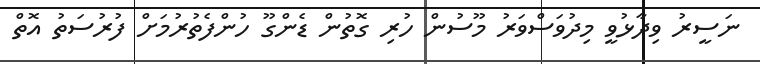
ނަސީރު ވިދާޅުވީ މިދުވަސްވަރު މޫސުން ހުރި ގޮތުން ޑެންގޫ ހުންފެތުރުމަށް ފުރުސަތު އޮތް